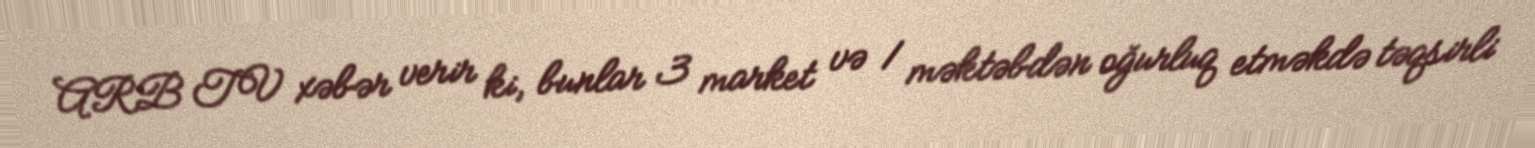
ARB TV xəbər verir ki, bunlar 3 market və 1 məktəbdən oğurluq etməkdə təqsirli